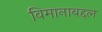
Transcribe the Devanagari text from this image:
विमानाबद्दल